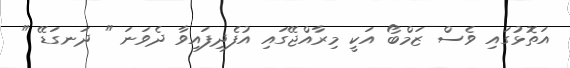
އަތޮޅުގައި ވެސް ޒަމްބޯ އަކީ މިރާއްޖޭގައި އުފެދިފައިވާ ދެވަނަ " ދަނގަޑޭ "